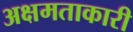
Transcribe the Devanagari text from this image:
अक्षमताकारी